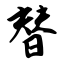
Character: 替